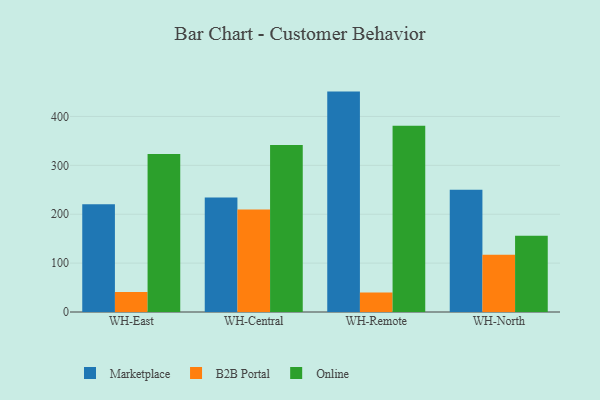
{"axis": {"x": "Warehouse", "y": "Satisfaction Score"}, "legend": ["B2B Portal", "Marketplace", "Online"], "data": [{"x": "WH-East", "y": 220.5, "type": "Marketplace"}, {"x": "WH-East", "y": 40.8, "type": "B2B Portal"}, {"x": "WH-East", "y": 323.1, "type": "Online"}, {"x": "WH-Central", "y": 234.2, "type": "Marketplace"}, {"x": "WH-Central", "y": 209.5, "type": "B2B Portal"}, {"x": "WH-Central", "y": 341.6, "type": "Online"}, {"x": "WH-Remote", "y": 450.9, "type": "Marketplace"}, {"x": "WH-Remote", "y": 40.0, "type": "B2B Portal"}, {"x": "WH-Remote", "y": 381.0, "type": "Online"}, {"x": "WH-North", "y": 250.3, "type": "Marketplace"}, {"x": "WH-North", "y": 117.0, "type": "B2B Portal"}, {"x": "WH-North", "y": 156.1, "type": "Online"}]}